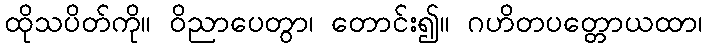
ထိုသပိတ်ကို။ ဝိညာပေတွာ၊ တောင်း၍။ ဂဟိတပတ္တောယထာ၊